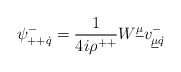
\begin{align*}\psi^{-}_{++\dot q}={1\over 4i\rho^{++}}W^{\underline{\mu}}v^{-}_{\underline{\mu}\dot q}\end{align*}